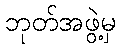
ဘုတ်အဖွဲ့မှ